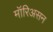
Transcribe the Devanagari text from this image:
मॉरिअसन